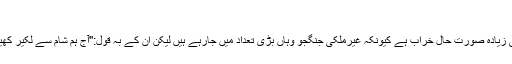
(خبر جاری ہے)
تاہم ان کا کہنا تھا کہ شام میں 1980ء اور 1990ء کے عشرے کے افغانستان سے بھی زیادہ صورت حال خراب ہے کیونکہ غیرملکی جنگجو وہاں بڑی تعداد میں جارہے ہیں لیکن ان کے بہ قول:''آج ہم شام سے لکیر کھینچنے کی اجازت نہیں دیں گے تاکہ مستقبل میں نائن الیون ایسا کوئی سانحہ رونما نہ ہو۔